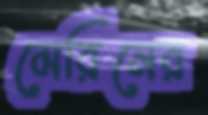
মেরিনের